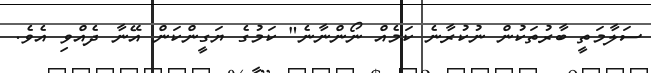
ސަލާމަތީ ބާރުތަކުން ނުކުރާނެ ކަމެއް ނޯންނާނެ" ކަމުގެ ޔަގީންކަން އޭނާ ދެއްވި އެވެ.